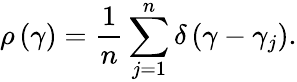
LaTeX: \rho\left(\gamma\right)=\frac{1}{n}\sum_{j=1}^{n}\delta\left(\gamma-\gamma_{j}\right).